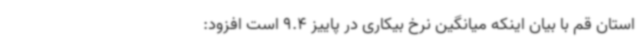
استان قم با بیان اینکه میانگین نرخ بیکاری در پاییز 9.4 است افزود: